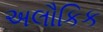
અલૌકિક